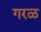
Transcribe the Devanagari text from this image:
गरळ